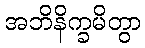
အဘိနိက္ခမိတွာ